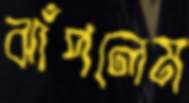
ঝাঁপলেম